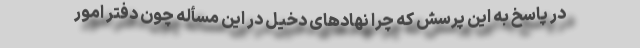
در پاسخ به این پرسش که چرا نهادهای دخیل در این مسأله چون دفتر امور